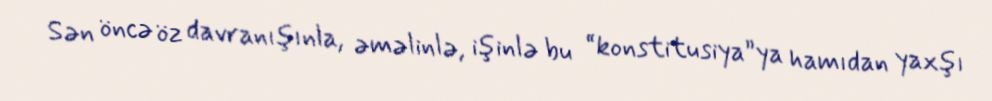
Sən öncə öz davranışınla, əməlinlə, işinlə bu “konstitusiya”ya hamıdan yaxşı